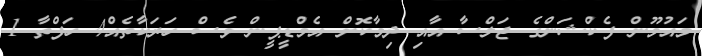
މައުމޫން ފެކްޝަންގެ ޖަލްސާ އާއި ދިމާކޮށް އެމްޑީޕީން ވެސް ހަރަކާތެއް4 ހަފްތާ 1